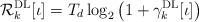
LaTeX: \begin{align*}\mathcal{R}^\mathrm{DL}_k[\iota] = T_d\log_2\left(1+\gamma_k^{\mathrm{DL}}[\iota]\right)\end{align*}